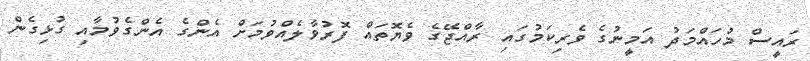
ރައީސް މުހައްމަދު އަމީނުގެ ވެރިކަމުގައި ރާއްޖޭގެ ވެޔޮތައް ފޮރުވާލެއްވުމަށް އެންގެ އެންގެވުމާއި ގުޅިގެން